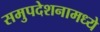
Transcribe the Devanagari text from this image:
समुपदेशनामध्ये